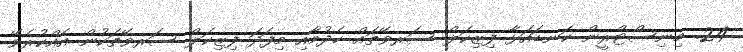
24. މިނިސްޓްރީން ކަނޑައަޅާ ފިޒިކަލް ސަރވޭތައް ހެދުމާއި މިފަދަ ފިޒިކަލް ސަރވޭތަކުން އެއްކުރެވޭ